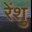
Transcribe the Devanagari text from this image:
रेंशु